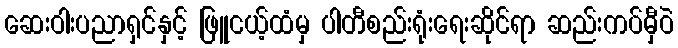
ဆေးဝါးပညာရှင်နှင့် ဖြူငယ့်ထံမှ ပါတီစည်းရုံးရေးဆိုင်ရာ ဆည်းကပ်မှီဝဲ